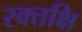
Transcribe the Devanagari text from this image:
रक्तक्षि